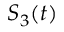
S _ { 3 } ( t )